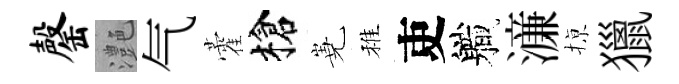
罄灔气藿槍嶤稚吏軄濓𢱊獵